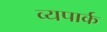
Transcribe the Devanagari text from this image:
व्यपार्क